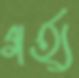
গর্হ্য